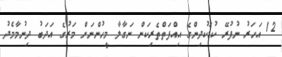
12 އަހަރު ނުފުރޭ ކުޑަކުދިންގެ އިއްފަތްތެރިކަން ނަގާލާ މީހުންނަށް މަރުގެ އަދަބު ދިނުމާމެދު